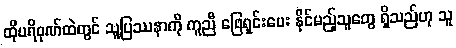
ထိုပရိဝုဏ်ထဲတွင် သူ့ပြဿနာကို ကူညီ ဖြေရှင်းပေး နိုင်မည့်သူတွေ ရှိသည်ဟု သူ